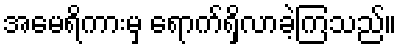
အမေရိကားမှ ရောက်ရှိလာခဲ့ကြသည်။